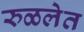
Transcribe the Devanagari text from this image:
रुळलेत